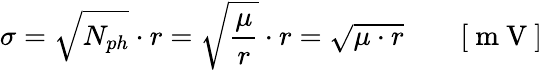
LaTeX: \sigma=\sqrt{N_{ph}}\cdot r=\sqrt{\frac{\mu}{r}}\cdot r=\sqrt{\mu\cdot r}\qquad[\mathrm{~m~V~}]